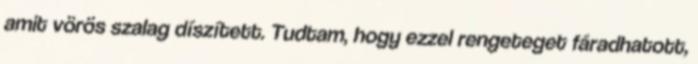
amit vörös szalag díszített. Tudtam, hogy ezzel rengeteget fáradhatott,